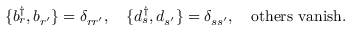
\{ b _ { r } ^ { \dagger } , b _ { r ^ { \prime } } \} = \delta _ { r r ^ { \prime } } , ~ ~ ~ \{ d _ { s } ^ { \dagger } , d _ { s ^ { \prime } } \} = \delta _ { s s ^ { \prime } } , ~ ~ ~ \mathrm { o t h e r s ~ v a n i s h } .